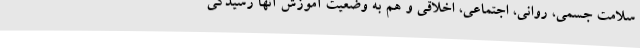
سلامت جسمی، روانی، اجتماعی، اخلاقی و هم به وضعیت آموزش آنها رسیدگی